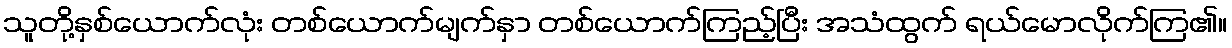
သူတို့နှစ်ယောက်လုံး တစ်ယောက်မျက်နှာ တစ်ယောက်ကြည့်ပြီး အသံထွက် ရယ်မောလိုက်ကြ၏။